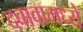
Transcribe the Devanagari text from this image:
दबावामध्ये